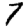
Digit: 7